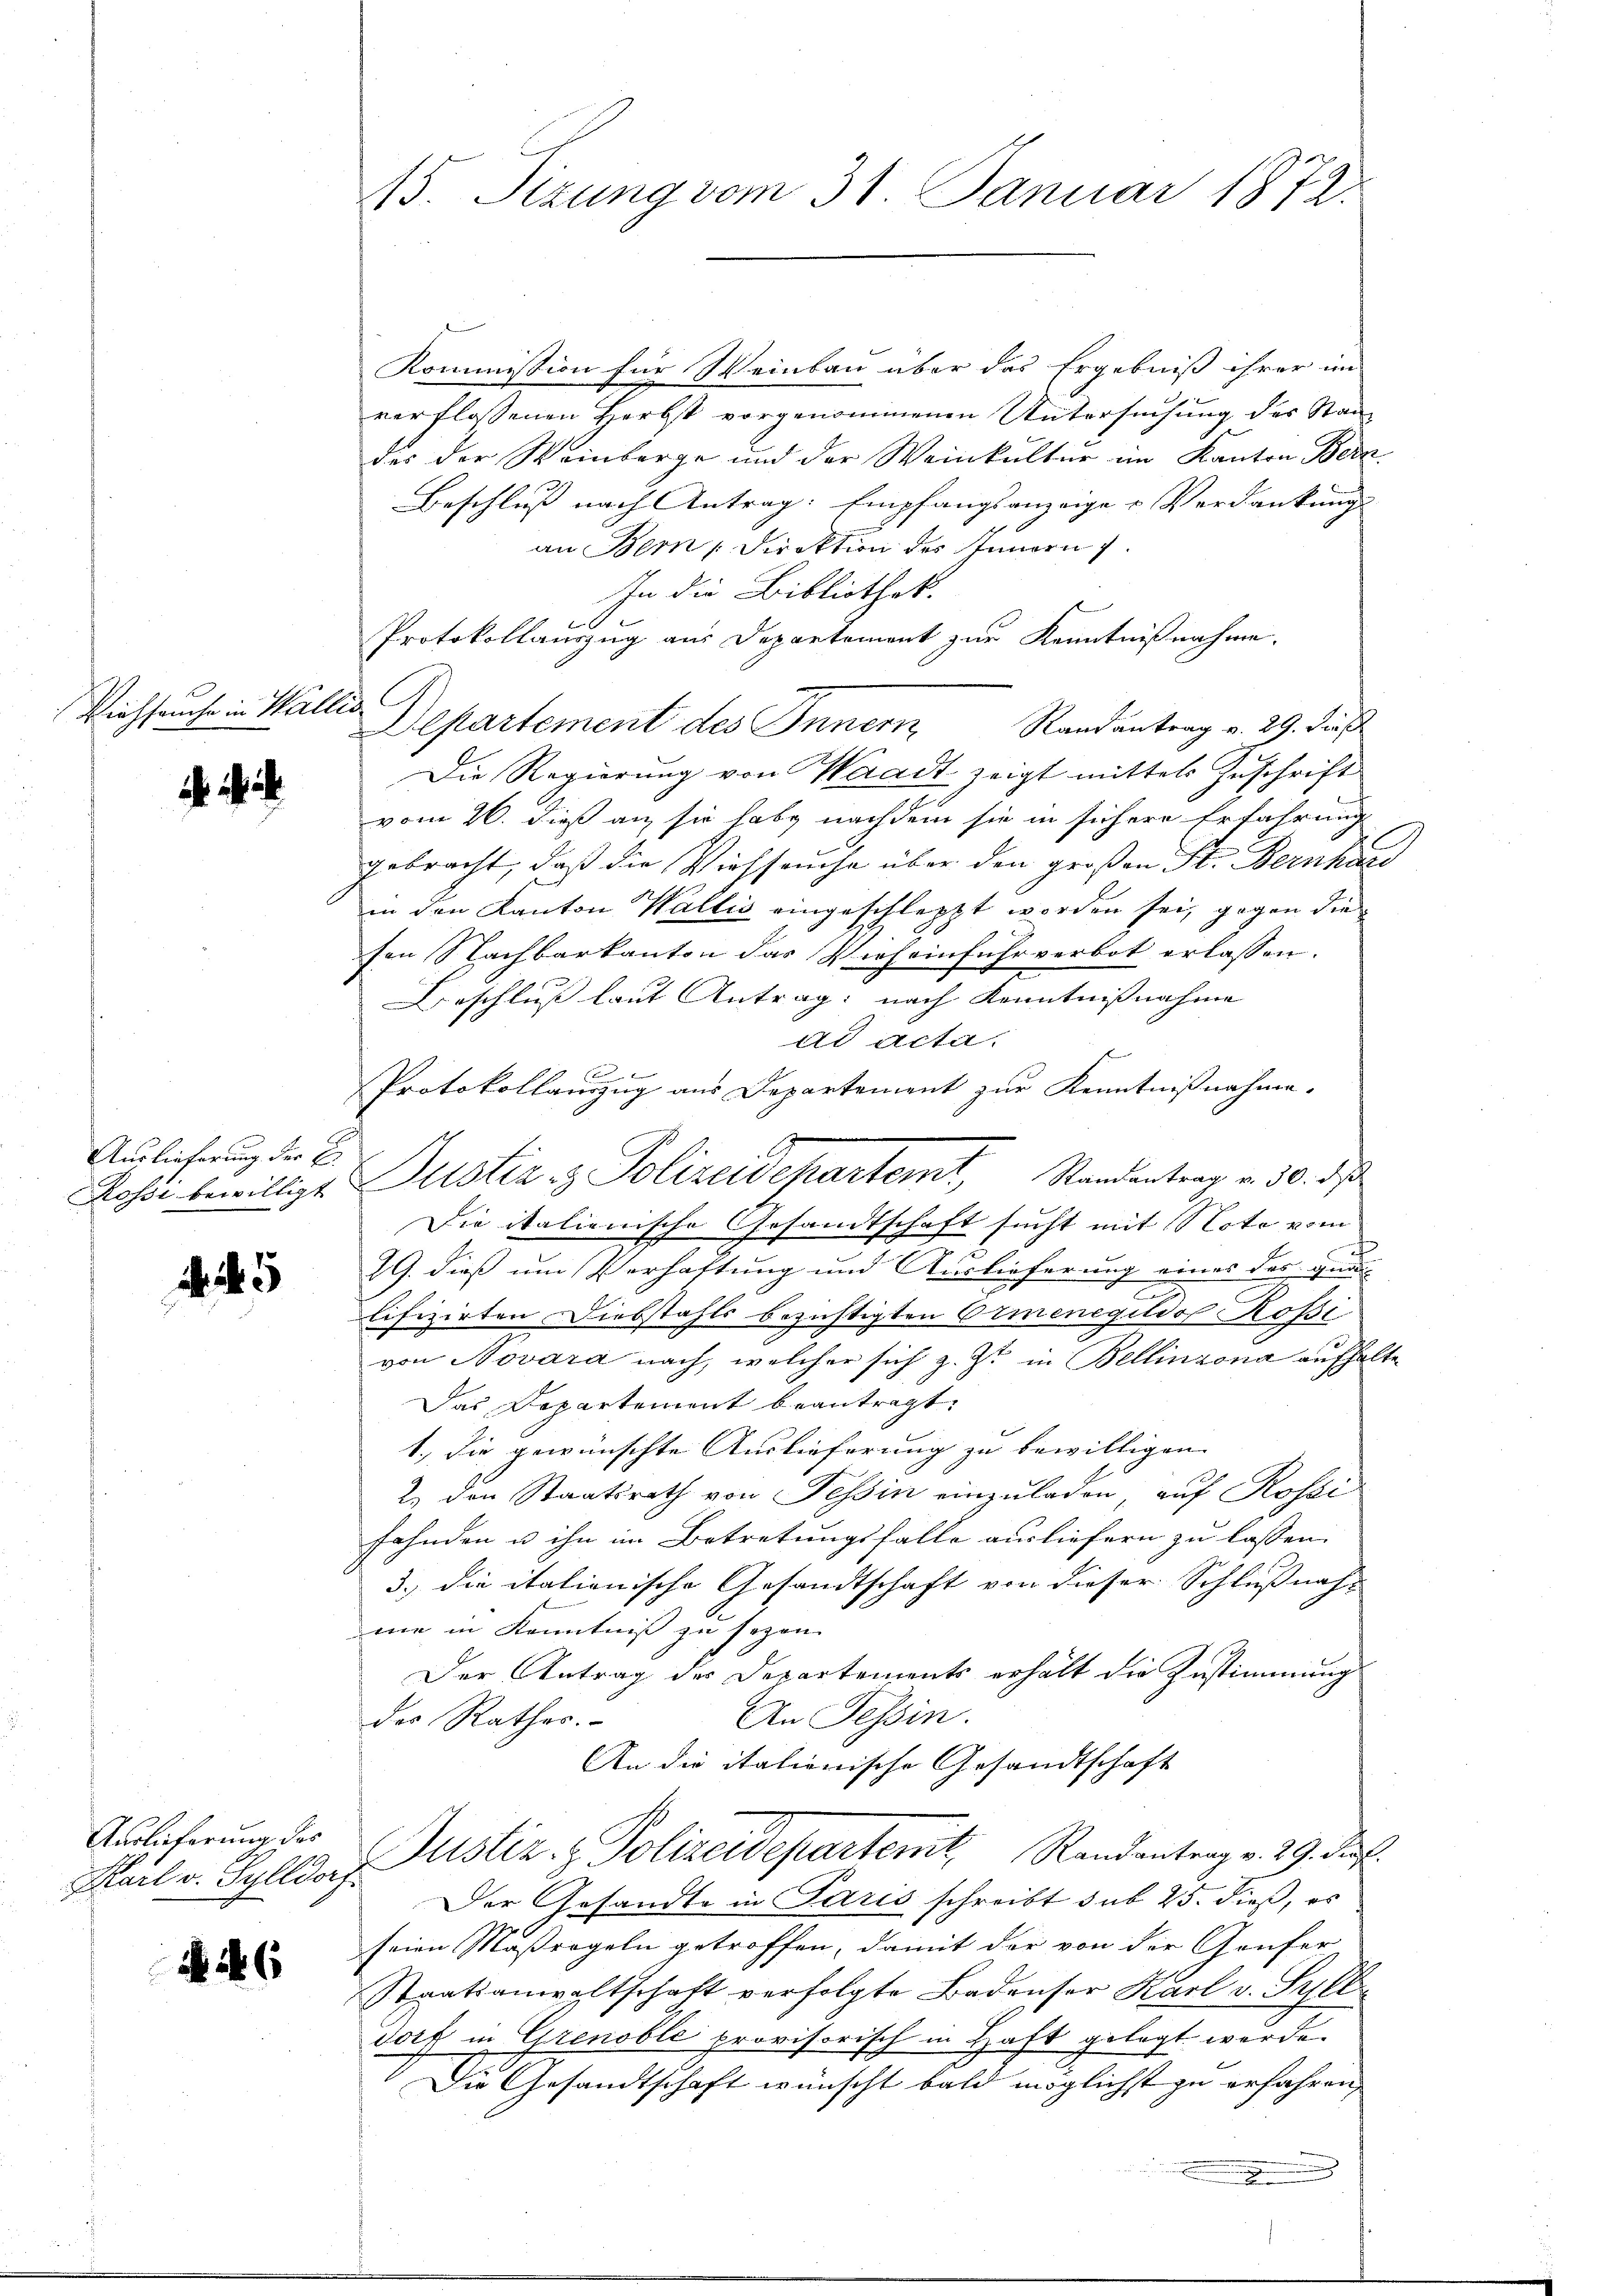
Viehseuche in Wallis

Auslieferung der B.

5

Auslieferung des
Karl v. Sylldorf.

16

Kommission für Weinbau über das Ergebniß ihrer im
verflossenen Herbst vorgenommenen Untersuchung des Standes der Weinberge und der Weinkultur im Kanton Bera
Beschluß nach Antrag: Empfangsanzeige & Verdankung |
an Bern, Direktion des Innern
In die Bibliothek.
t
Protokollauszug aus Departement zur Kenntnißnahme.
Departement des Innern Randantrag v. 29. Di
Die Regierung von Waadt zeigt mittels Zuschrift
vom 26. dieß an sie habe nachdem sie in sichere Erfahrung
gebracht, daß die Viehseuche über den großen St. Bernhard
in den Kanton Wallis eingeschleppt worden sei, gegen die
fen Nachbarkanton das Vieheinfuhrverbot erlassen.
Beschluß laut Antrag: nach Kenntnißnahme
ad acta.
xx

Protokollauszug aus Departement zur Kenntnißnahme.
Rossi bewilligt Justiz & Polizeidepartemt, Randantrag v. 30. ds
Die italienische Gesandtschaft sucht mit Note vom
E
29. dieß um Verhaftung und Auslieferung eines das qual

Eifizirten Diebstahls bezüchtigten Ormenegildop Rossi
von Novara nach, welcher sich z. Zt. in Bellinzona aufhalte
Das Departement beantragt.
1., die gewünschte Auslieferung zu bewilligen. |
2. den Staatsrath von Tessin einzuladen, auf Rossi
fahnden u ihn im Betretungsfalle ausliefern zu lassen.
3.) die italienische Gesandtschaft von dieser Schlußnah
me in Kenntniß zu sogen
Der Antrag der Departements erhält die Zustimmung
An Tessin.
des Rathes.
An die italionische Gesandtschaft
Justiz & Polizeidepartenit, Randantrag v. 29. Der
Der Gesandte in Paris schreibt sub 25. dieß, es
seien Maßregeln getroffen, damit der von der Genfer
Staatsanwaltschaft verfolgte Badenser Karl v. Syll-
Dort in Grenoble provisorisch in Haft gelegt wurde.
Die Gesandtschaft wünscht bald möglichst zu erfahren,
ngrun

15. Sizung vom 31. Januar 1872.